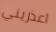
اعذريني